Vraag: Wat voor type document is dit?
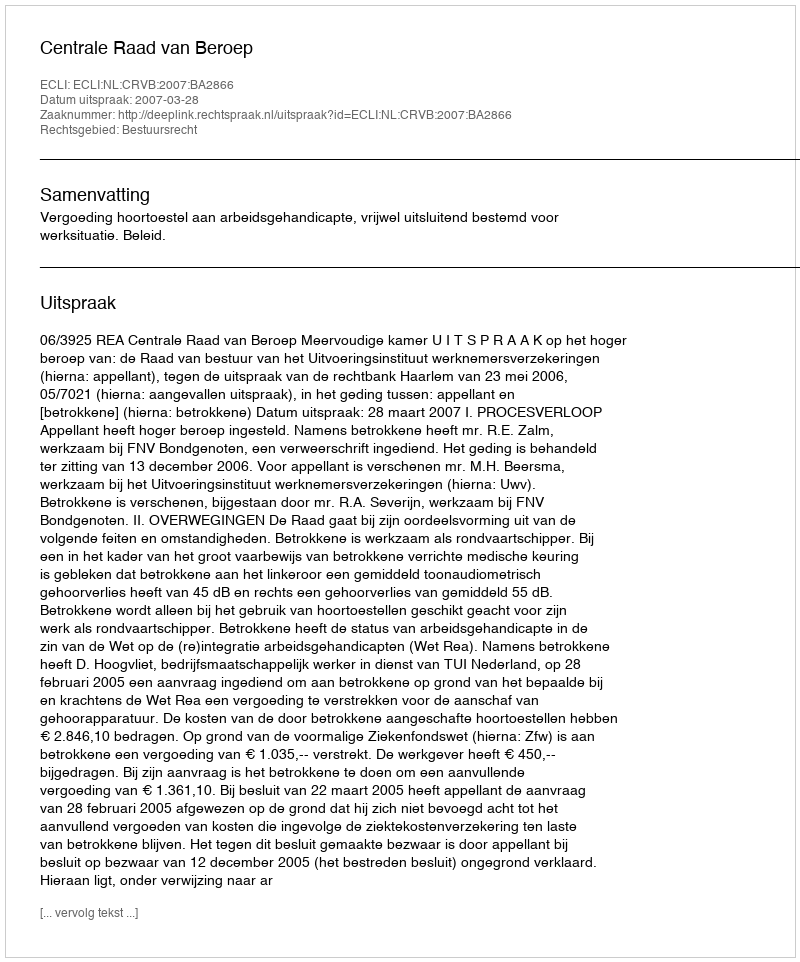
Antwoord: Uitspraak